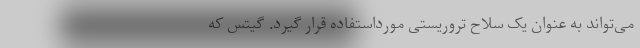
می‌تواند به‌ عنوان یک سلاح تروریستی مورداستفاده قرار گیرد. گیتس که